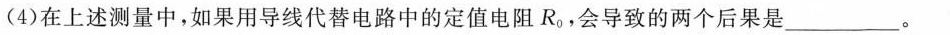
(4)在上述测量中，如果用导线代替电路中的定值电阻R_{0}，会导致的两个后果是___。